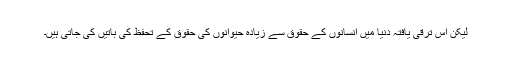
لیکن اس ترقی یافتہ دنیا میں انسانوں کے حقوق سے زیادہ حیوانوں کی حقوق کے تحفظ کی باتیں کی جاتی ہیں۔